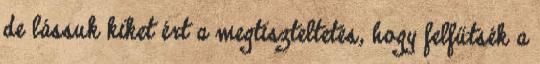
de lássuk kiket ért a megtiszteltetés, hogy felfűtsék a